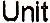
UNIT